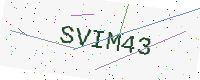
Text: SVIM43